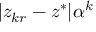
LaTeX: | z _ { k r } - z ^ { * } | \alpha ^ { k }